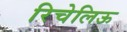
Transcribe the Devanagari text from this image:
रिचेलिऊ